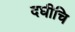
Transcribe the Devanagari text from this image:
दघीचि